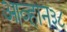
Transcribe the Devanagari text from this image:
आव्हान३८